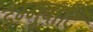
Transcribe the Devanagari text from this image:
डग्गुबाटि